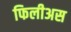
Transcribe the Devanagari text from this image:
फिलीअस